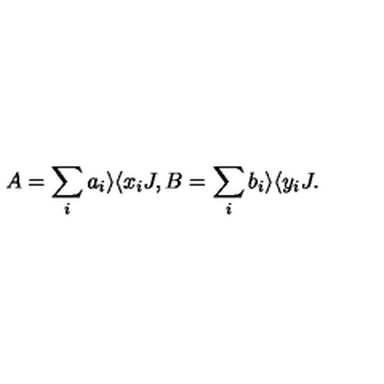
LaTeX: A = \sum _ { i } a _ { i } \rangle \langle x _ { i } J , B = \sum _ { i } b _ { i } \rangle \langle y _ { i } J .